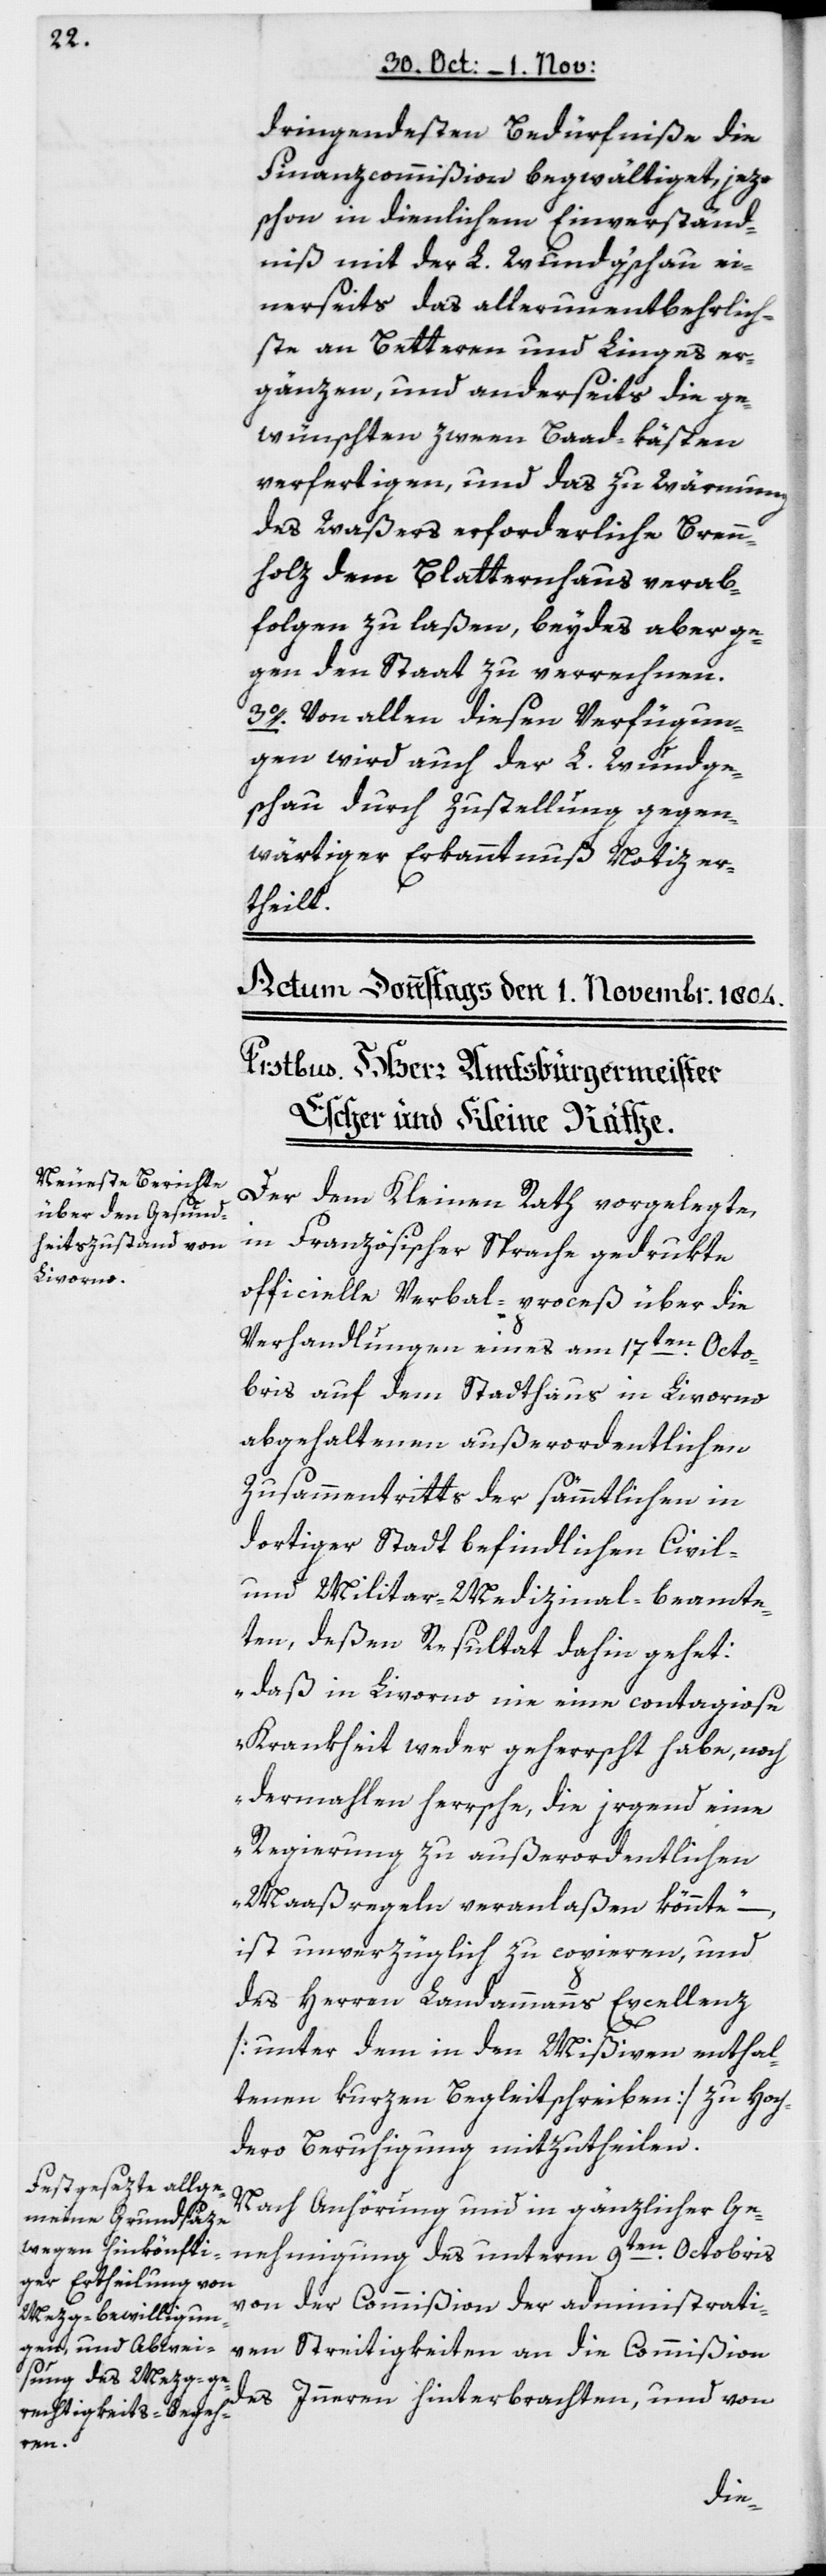
dringendsten Bedürfniße die
Finanzcommißion begwältiget, jetzo
schon in dienlichem Einverständ¬
niß mit der L. Wundgeschau ei¬
nerseits das aller unentbehrlich¬
ste an Betteren und Linges er¬
gänzen und anderseits die ge¬
wünschten zween Baad-kästen
verfertigen, und das zu Wärmung
des Waßers erforderliche Brenn¬
holz dem Blatternhaus verab¬
folgen zu laßen, beydes aber ge¬
gen den Staat zu verrechnen.
3. Von allen diesen Verfügun¬
gen wird auch der L. Wundge¬
schau durch Zustellung gegen¬
wärtiger Erkanntnuß Notiz er¬
theilt.
Der dem Kleinen Rath vorgelegte,
in Französischer Sprache gedrukte
officielle Verbal-proceß über die
Verhandlungen eines am 17ten Octo¬
bris auf dem Stadthaus in Livorno
abgehaltenen außerordentlichen
Zusammentritts der sämmtlichen in
dortiger Stadt befindlichen Civil-
und Militair-Medizinalbeamte¬
ten, deßen Resultat dahin gehet:
„daß in Livorno nie eine contagiose
Krankheit weder geherrscht habe, noch
dermahlen herrsche, die irgend eine
Regierung zu außerordentlichen
Maaßregeln veranlaßen könnte“
ist unverzüglich zu copieren und
des Herrn Landammanns Excellenz
[unter dem in den Mißiven enthal¬
tenen kurzen Begleitschreiben] zu Hoch¬
dero Beruhigung mitzutheilen.
Nach Anhörung und in gänzlicher Ge¬
nehmigung des unterm 9ten Octobris
von der Commißion der administrati¬
ven Streitigkeiten an die Commißion
des Innern hinterbrachten, und von